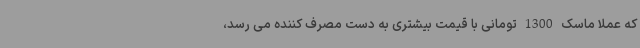
که عملا ماسک 1300 تومانی با قیمت بیشتری به دست مصرف کننده می رسد،